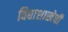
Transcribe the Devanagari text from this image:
विद्याशाखेची